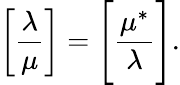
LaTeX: \left[{\frac{\lambda}{\mu}}\right]={\Bigg[}{\frac{\mu^{*}}{\lambda}}{\Bigg]}.